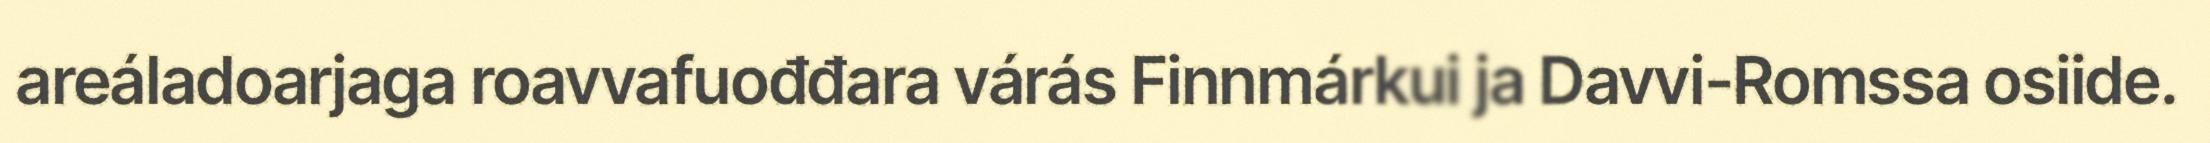
areáladoarjaga roavvafuođđara várás Finnmárkui ja Davvi-Romssa osiide.